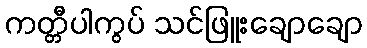
ကတ္တီပါကွပ် သင်ဖြူးချောချော